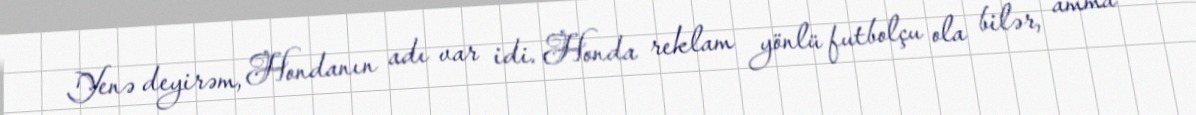
Yenə deyirəm, Hondanın adı var idi. Honda reklam yönlü futbolçu ola bilər, amma